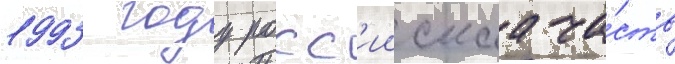
1993 году росс'иискаа ча́сть